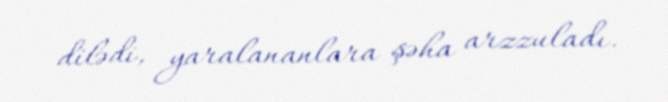
dilədi, yaralananlara şəha arzzuladı.